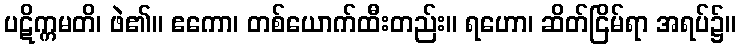
ပဋိက္ကမတိ၊ ဖဲ၏။ ဧကော၊ တစ်ယောက်ထီးတည်း။ ရဟော၊ ဆိတ်ငြိမ်ရာ အရပ်၌။